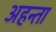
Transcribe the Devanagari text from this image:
अहन्ता